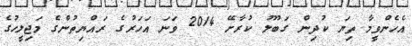
އެހެންވީމާ ތިޔަ ކުދިން ގަބޫލު ކުރާށޭ 2014 ވަނަ އަހަރުގެ ރައްޔިތުންގެ މަޖިލީހުގެ